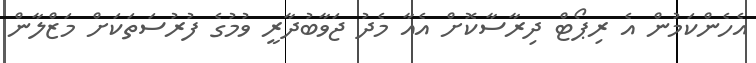
އެހެންކަމުން އެ ރިޕޯޓް ދިރާސާކޮށް އެއާ މެދު ޖަވާބުދާރީ ވުމުގެ ފުރުސަތަކަށް މަޒްލާން